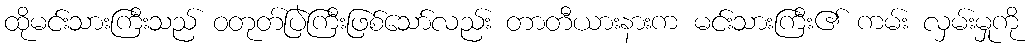
ထိုမင်းသားကြီးသည် ဝတုတ်ပြဲကြီးဖြစ်သော်လည်း တာတီယားနားက မင်းသားကြီး၏ ကမ်း လှမ်းမှုကို